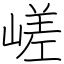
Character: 嵯